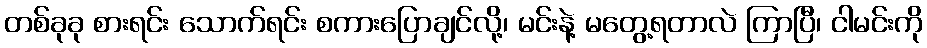
တစ်ခုခု စားရင်း သောက်ရင်း စကားပြောချင်လို့၊ မင်းနဲ့ မတွေ့ရတာလဲ ကြာပြီ၊ ငါမင်းကို